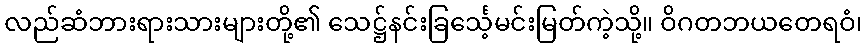
လည်ဆံဘားရားသားများတို့၏ သေဋ္ဌ်နင်းခြင်္သေ့မင်းမြတ်ကဲ့သို့။ ဝိဂတဘယတေရဝံ၊